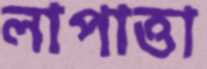
লাপাত্তা